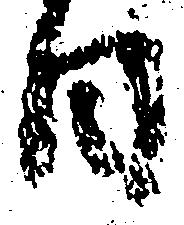
日